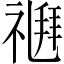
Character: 𥛉